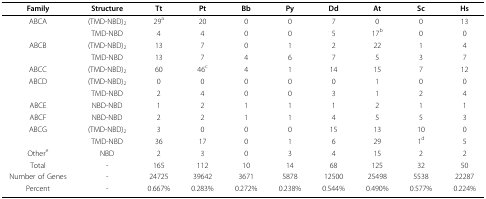
| Family | Structure | Tt | Pt | Bb | Py | Dd | At | Sc | Hs |
 | --- | --- | --- | --- | --- | --- | --- | --- | --- | --- |
 | ABCA | (TMD-NBD)2 | 29a | 20 | 0 | 0 | 7 | 0 | 0 | 13 |
 |  | TMD-NBD | 4 | 4 | 0 | 0 | 5 | 17b | 0 | 0 |
 | ABCB | (TMD-NBD)2 | 13 | 7 | 0 | 1 | 2 | 22 | 1 | 4 |
 |  | TMD-NBD | 13 | 7 | 4 | 6 | 7 | 5 | 3 | 7 |
 | ABCC | (TMD-NBD)2 | 60 | 46c | 4 | 1 | 14 | 15 | 7 | 12 |
 | ABCD | (TMD-NBD)2 | 0 | 0 | 0 | 0 | 0 | 1 | 0 | 0 |
 |  | TMD-NBD | 2 | 4 | 0 | 0 | 3 | 1 | 2 | 4 |
 | ABCE | NBD-NBD | 1 | 2 | 1 | 1 | 1 | 2 | 1 | 1 |
 | ABCF | NBD-NBD | 2 | 2 | 1 | 1 | 4 | 5 | 5 | 3 |
 | ABCG | (TMD-NBD)2 | 3 | 0 | 0 | 0 | 15 | 13 | 10 | 0 |
 |  | TMD-NBD | 36 | 17 | 0 | 1 | 6 | 29 | 1d | 5 |
 | Othere | NBD | 2 | 3 | 0 | 3 | 4 | 15 | 2 | 2 |
 | Total | - | 165 | 112 | 10 | 14 | 68 | 125 | 32 | 50 |
 | Number of Genes | - | 24725 | 39642 | 3671 | 5878 | 12500 | 25498 | 5538 | 22287 |
 | Percent | - | 0.667% | 0.283% | 0.272% | 0.238% | 0.544% | 0.490% | 0.577% | 0.224% |